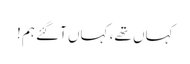
کہاں تھے، کہاں آگئے ہم!